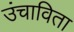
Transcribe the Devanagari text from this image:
उंचाविता